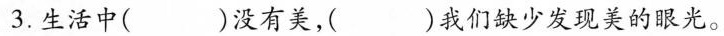
3.生活中()没有美，( )我们缺少发现美的眼光。